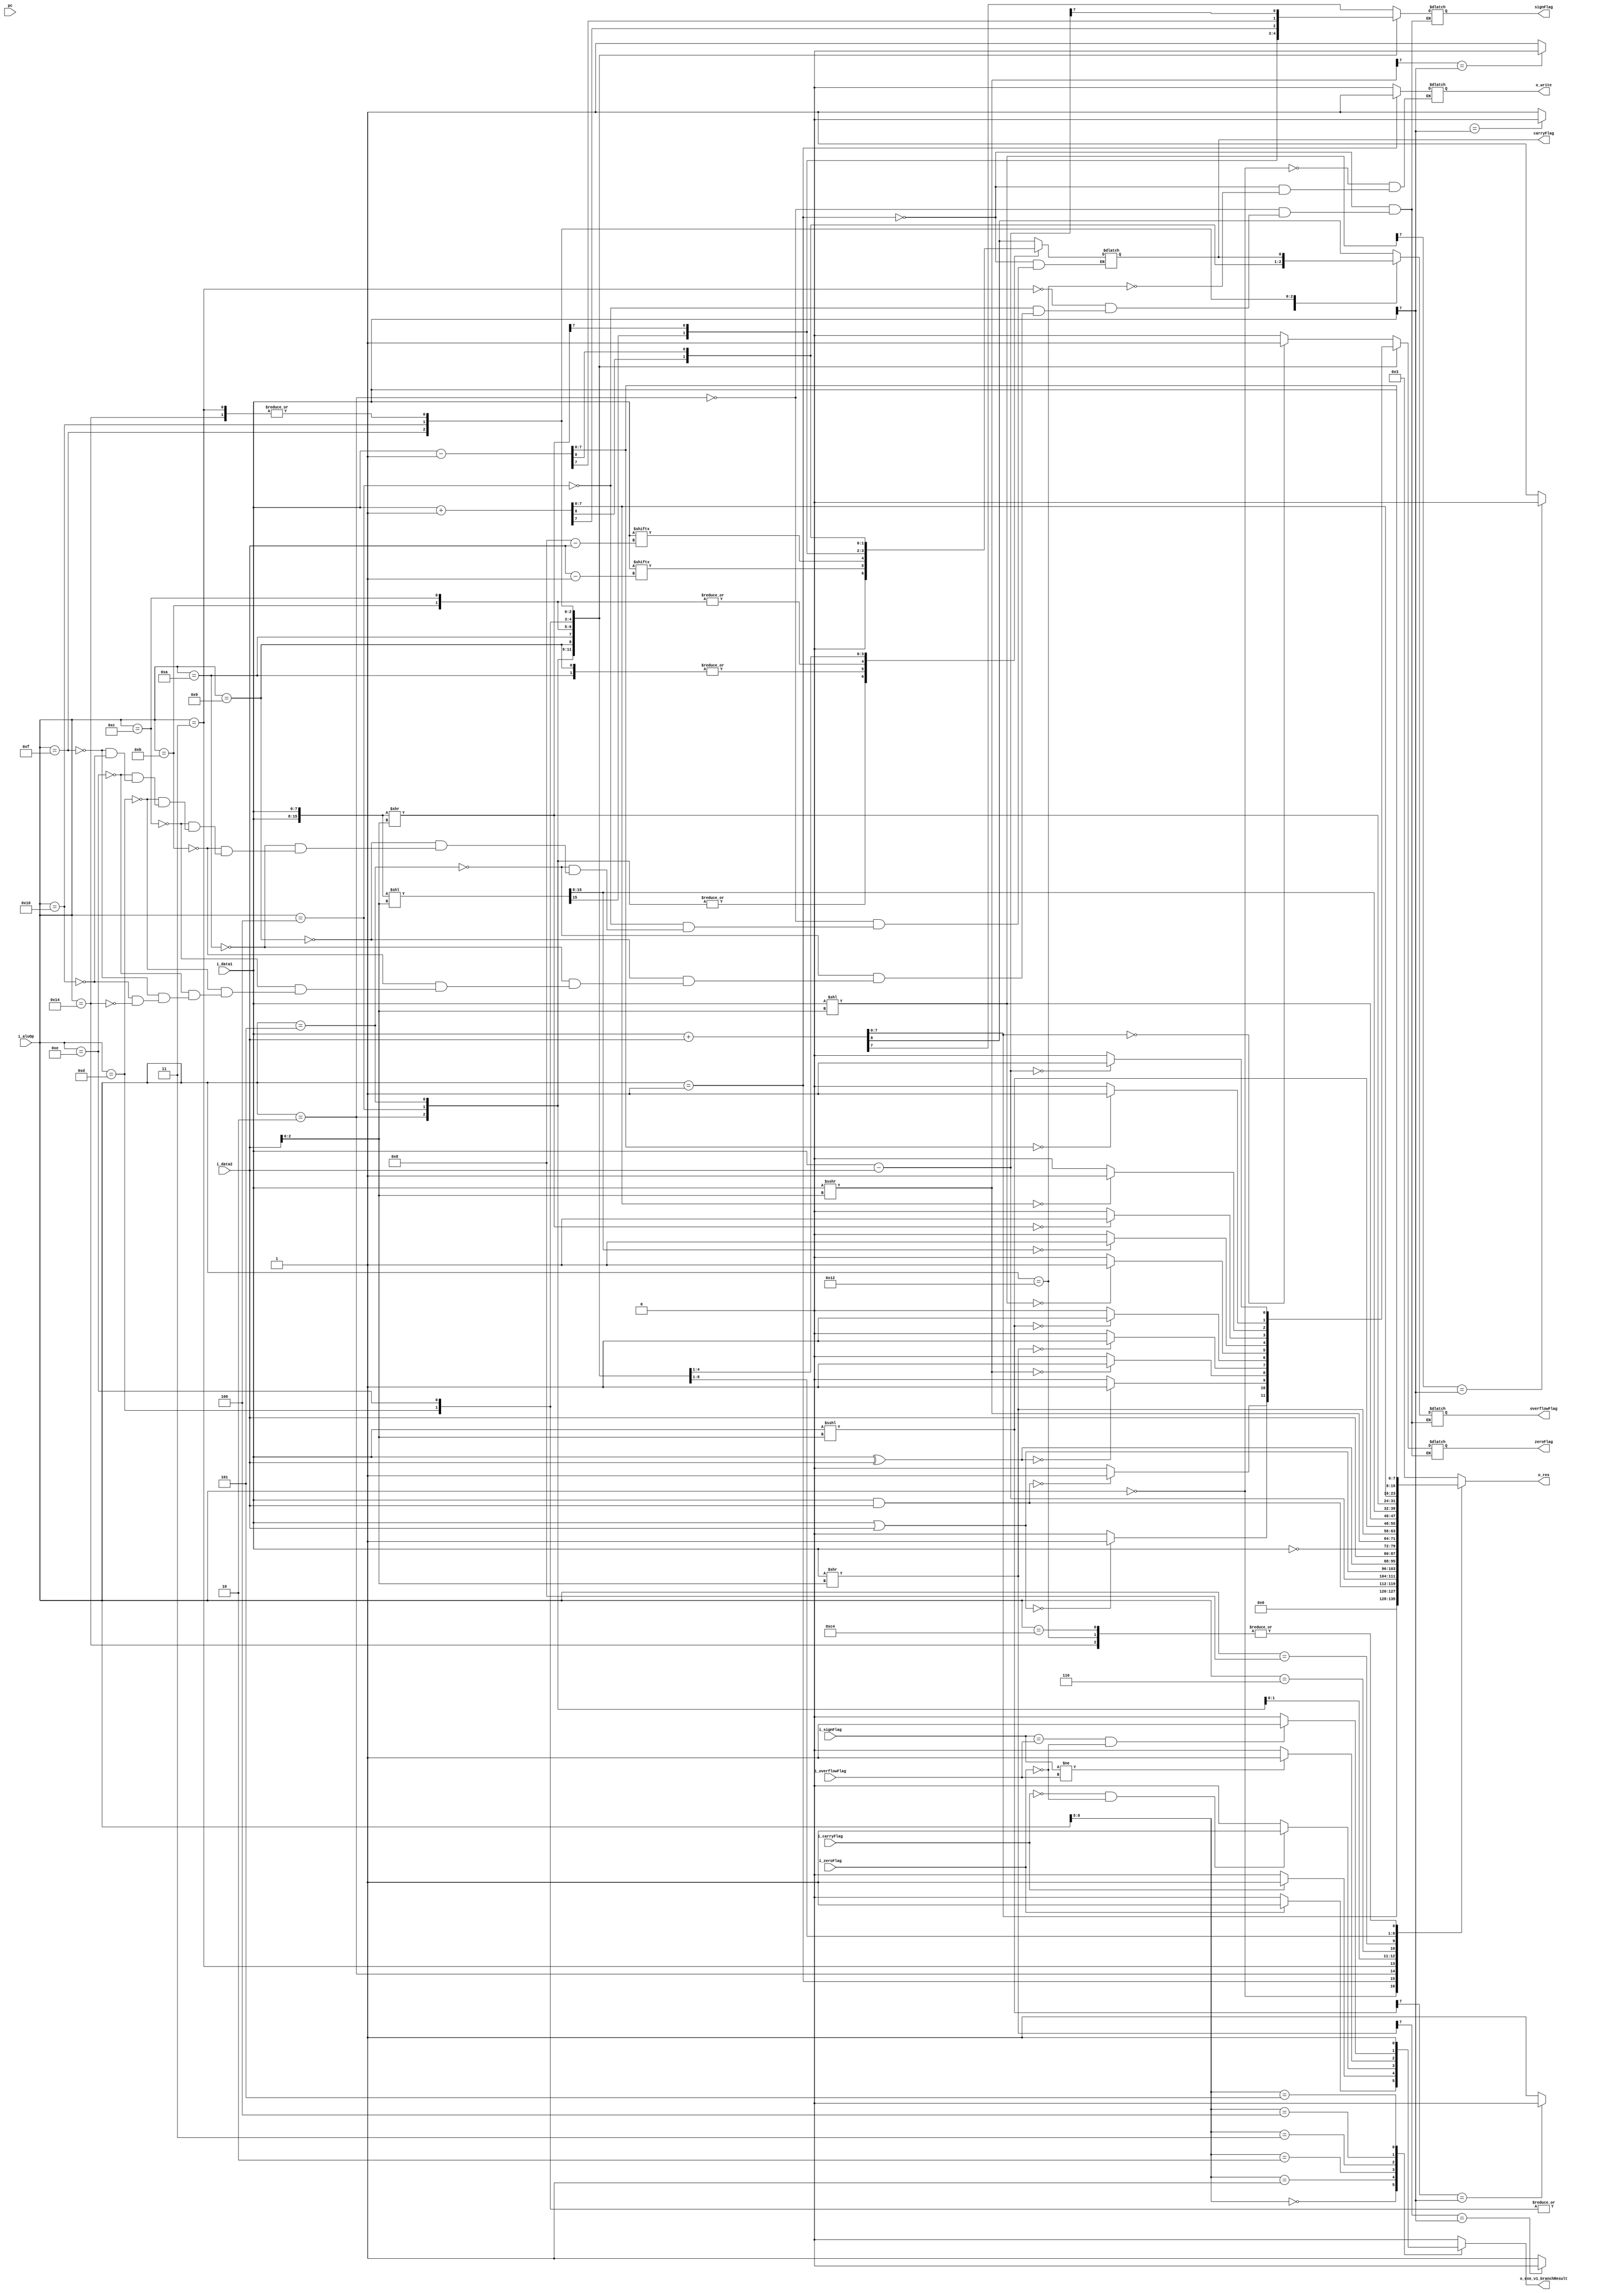
`timescale 1ns / 1ps

module EXE(i_data1,i_data2,i_aluOp,o_res,pc,o_write,o_exe_v1_branchResult
,i_zeroFlag,zeroFlag,i_carryFlag,carryFlag,i_signFlag,signFlag,i_overflowFlag,overflowFlag);
	input[7:0] i_data1,i_data2;
	input[8:0] i_aluOp;
	output reg[7:0] o_res;
	input[7:0] pc;
	output reg o_write;
	output reg o_exe_v1_branchResult;
	input i_zeroFlag;
	input i_carryFlag;
	input i_signFlag;
	input i_overflowFlag;
	output reg zeroFlag;
	output reg carryFlag;
	output reg signFlag;
	output reg overflowFlag;
	
	
	
	reg[7:0] tempPc;
	
	reg[15:0] rotateTemp;
	wire zeroIndexPc;
	assign zeroIndexPc = pc[0];
	
	reg[7:0] zero;
	reg [7:0] idataCopy;
	wire [3:0] aluOp_1;
	assign aluOp_1 = i_aluOp[8:5];	
	////////////////////////////////////////////////////////
	always @(*)
	begin 
		case(aluOp_1)
			0:														//JE
				begin
					if(i_zeroFlag == 1)
						o_exe_v1_branchResult = 1;
					else 
						o_exe_v1_branchResult = 0;					
				end
			1:														//JB
				begin 
					if(i_carryFlag == 1)
						o_exe_v1_branchResult = 1;
					else
						o_exe_v1_branchResult = 0;
				end
			2:														//JA
				begin 
					if(i_carryFlag == 0 && i_zeroFlag == 0)
						o_exe_v1_branchResult = 1;
					else
						o_exe_v1_branchResult = 0;
				end
			3:														//JL
				begin 
					if(i_signFlag != i_overflowFlag)
						o_exe_v1_branchResult = 1;
					else
						o_exe_v1_branchResult = 0;
				end
			4:														//JG
				begin 
					if( (i_signFlag == i_overflowFlag) && (i_zeroFlag == 0) )
						o_exe_v1_branchResult = 1;
					else
						o_exe_v1_branchResult = 0;
				end		
			5:														//JMP
				begin 				
						o_exe_v1_branchResult = 1;				
				end
			default: 
				o_exe_v1_branchResult = 0;
		endcase				
	end 
	
	
	///////////////////////////////////////////////////////
	reg[7:0] temp;
	
	always@(*)// or i_data1 or i_data2)
	begin 
		case(i_aluOp)
			0:
				begin o_res = 0;							//nop
					o_write = 0;
				end
			1: 												//add
				begin 
					{carryFlag,o_res} = i_data1+i_data2;
					signFlag = o_res[7];
					if(o_res == 0)
						zeroFlag = 1;
					else
						zeroFlag = 0;
					overflowFlag = carryFlag;
					
					o_write = 1;
				end			
			2:  												//and
				begin 
					o_res = i_data1 & i_data2;
					signFlag = o_res[7];
					if(o_res == 0)
						zeroFlag = 1;
					else
						zeroFlag = 0;
					overflowFlag = 0;
					carryFlag = 0;
					
				end
			3:  												//sub
				begin 
					o_res = i_data1 - i_data2;
					signFlag = o_res[7];
					if(o_res == 0)
						zeroFlag = 1;
					else
						zeroFlag = 0;
					overflowFlag = carryFlag;
				end 
			4:  												//or
			begin 
				o_res = i_data1 | i_data2;
				signFlag = o_res[7];
					if(o_res == 0)
						zeroFlag = 1;
					else
						zeroFlag = 0;
					overflowFlag = 0;
					carryFlag = 0;
			end 
			5:  												//xor
			begin
				o_res = i_data1 ^ i_data2;			
				signFlag = o_res[7];
					if(o_res == 0)
						zeroFlag = 1;
					else
						zeroFlag = 0;
					overflowFlag = 0;
					carryFlag = 0;
			end 
			6: o_res = i_data2;							//mov
			8: o_res = ~i_data1; 						//not
			9: 												//SAR
			begin 
				o_res = i_data1 >>> i_data2[2:0];
				if(o_res[7] == i_data1[7])
					overflowFlag = 0;
				else 
					overflowFlag = 1; 
				carryFlag = i_data1[i_data2-1];
				signFlag = o_res[7];
				if(o_res == 0)
					zeroFlag = 1;
				else
					zeroFlag = 0;				
			end 
			10: 												//SLR
			begin 
				o_res = i_data1 >> i_data2[2:0];
				if(o_res[7] == i_data1[7])
					overflowFlag = 0;
				else 
					overflowFlag = 1; 
				carryFlag = i_data1[i_data2-1];
				signFlag = o_res[7];
				if(o_res == 0)
					zeroFlag = 1;
				else
					zeroFlag = 0;	
			end 
			11: 												//SAL
			begin 
				o_res = i_data1<<<i_data2[2:0];
				if(o_res[7] == i_data1[7])
					overflowFlag = 0;
				else 
					overflowFlag = 1; // or remaind last value
				carryFlag = i_data1[8 - i_data2];
				signFlag = o_res[7];
				if(o_res == 0)
					zeroFlag = 1;
				else
					zeroFlag = 0;	
			end 
			12: 												//SLL
			begin 
				o_res = i_data1<<i_data2[2:0];
				if(o_res[7] == i_data1[7])
					overflowFlag = 0;
				else 
					overflowFlag = 1; // or remaind last value
				carryFlag = i_data1[8 - i_data2];
				signFlag = o_res[7];
				if(o_res == 0)
					zeroFlag = 1;
				else
					zeroFlag = 0;	
				
			end 
			13: 												//ROL
				begin
					rotateTemp = {i_data1,i_data1}<< i_data2[2:0];
					o_res = rotateTemp[15:8];
					if(idataCopy[7] == i_data1[7])
					begin 
						overflowFlag = 0;
					end
					else
						overflowFlag = 1;
					carryFlag = o_res[7];
					if(o_res == 0)
						zeroFlag = 1;
					else 
						zeroFlag = 0;
					signFlag = o_res[7];
				end
				
				
				
			14:												//ROR
				begin 
				/*
					zero = 8'b00000000;
					idataCopy = i_data1;
					zero = zero + idataCopy[(i_data2[2:0] - 1): 0];
					idataCopy = i_data1 >> i_data2[2:0];
					zero = zero << (8-i_data2[2:0]);
					o_res = idataCopy + zero;
					*/
					rotateTemp = {i_data1,i_data1}>> i_data2[2:0];
					o_res = rotateTemp[7:0];
					if(idataCopy[7] == i_data1[7])
					begin 
						overflowFlag = 0;
					end
					else
						overflowFlag = 1;
					carryFlag = o_res[7];
					if(o_res == 0)
						zeroFlag = 1;
					else 
						zeroFlag = 0;
					signFlag = o_res[7];
					
					
					
				end
			15:
				begin 
					{carryFlag, o_res} = i_data1 + 1;			//inc
					signFlag = o_res[7];
					if(o_res == 0)
						zeroFlag = 1;
					else
						zeroFlag = 0;
					overflowFlag = carryFlag;
				end
			16:
				begin 
					{carryFlag,o_res} = i_data1 - 1;			//dec			
					signFlag = o_res[7];
					if(o_res == 0)
						zeroFlag = 1;
					else
						zeroFlag = 0;
					overflowFlag = carryFlag;
				end
			18: 
			begin 
				o_res = i_data1;									//showR
				o_write = 0;
			end
			//19:; 													//showR seg
			20:														//CMP
			begin 
					temp = i_data1 - i_data2;
					o_res = i_data1;
					signFlag = temp[7];
					if(temp == 0)
						zeroFlag = 1;
					else
						zeroFlag = 0;
					overflowFlag = carryFlag;
				end 
			
			196: 
				o_res = i_data1;
				
			default: o_res = 8'b00000011;
		endcase		
	end
endmodule